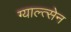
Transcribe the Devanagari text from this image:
ग्याल्त्सेन